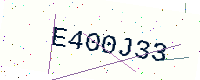
Text: E400J33